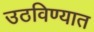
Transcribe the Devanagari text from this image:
उठविण्यात